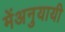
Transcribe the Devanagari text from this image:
मेंअनुयायी